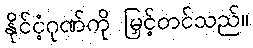
နိုင်ငံ့ဂုဏ်ကို မြှင့်တင်သည်။